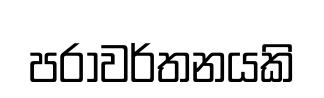
පරාවර්තනයකි